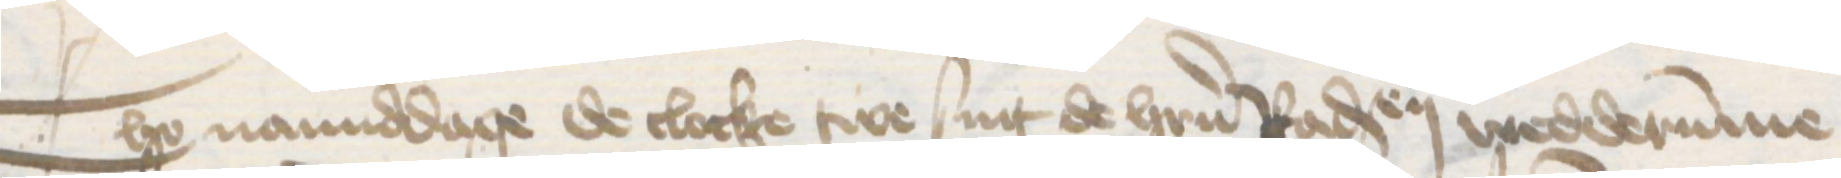
Tho namiddage de clocke twe sint de herrn Radsendeboden wedderumme